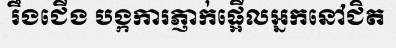
រឹងជើង បង្កការភ្ញាក់ផ្អើលអ្នកនៅជិត